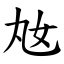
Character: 奿